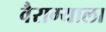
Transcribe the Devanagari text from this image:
वैराग्याला